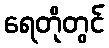
ရေတိုတွင်